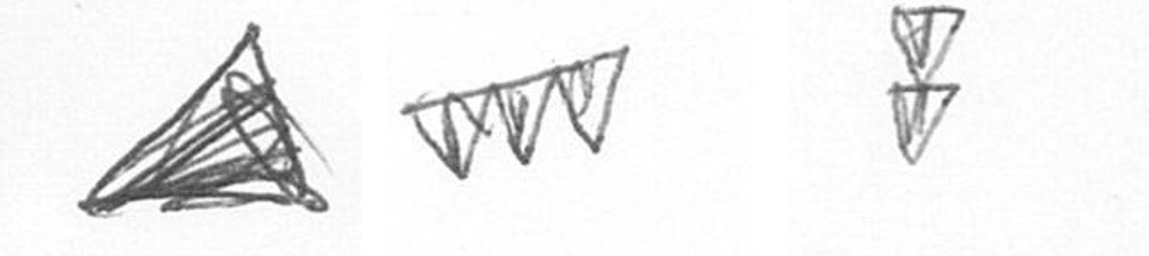
O L Z